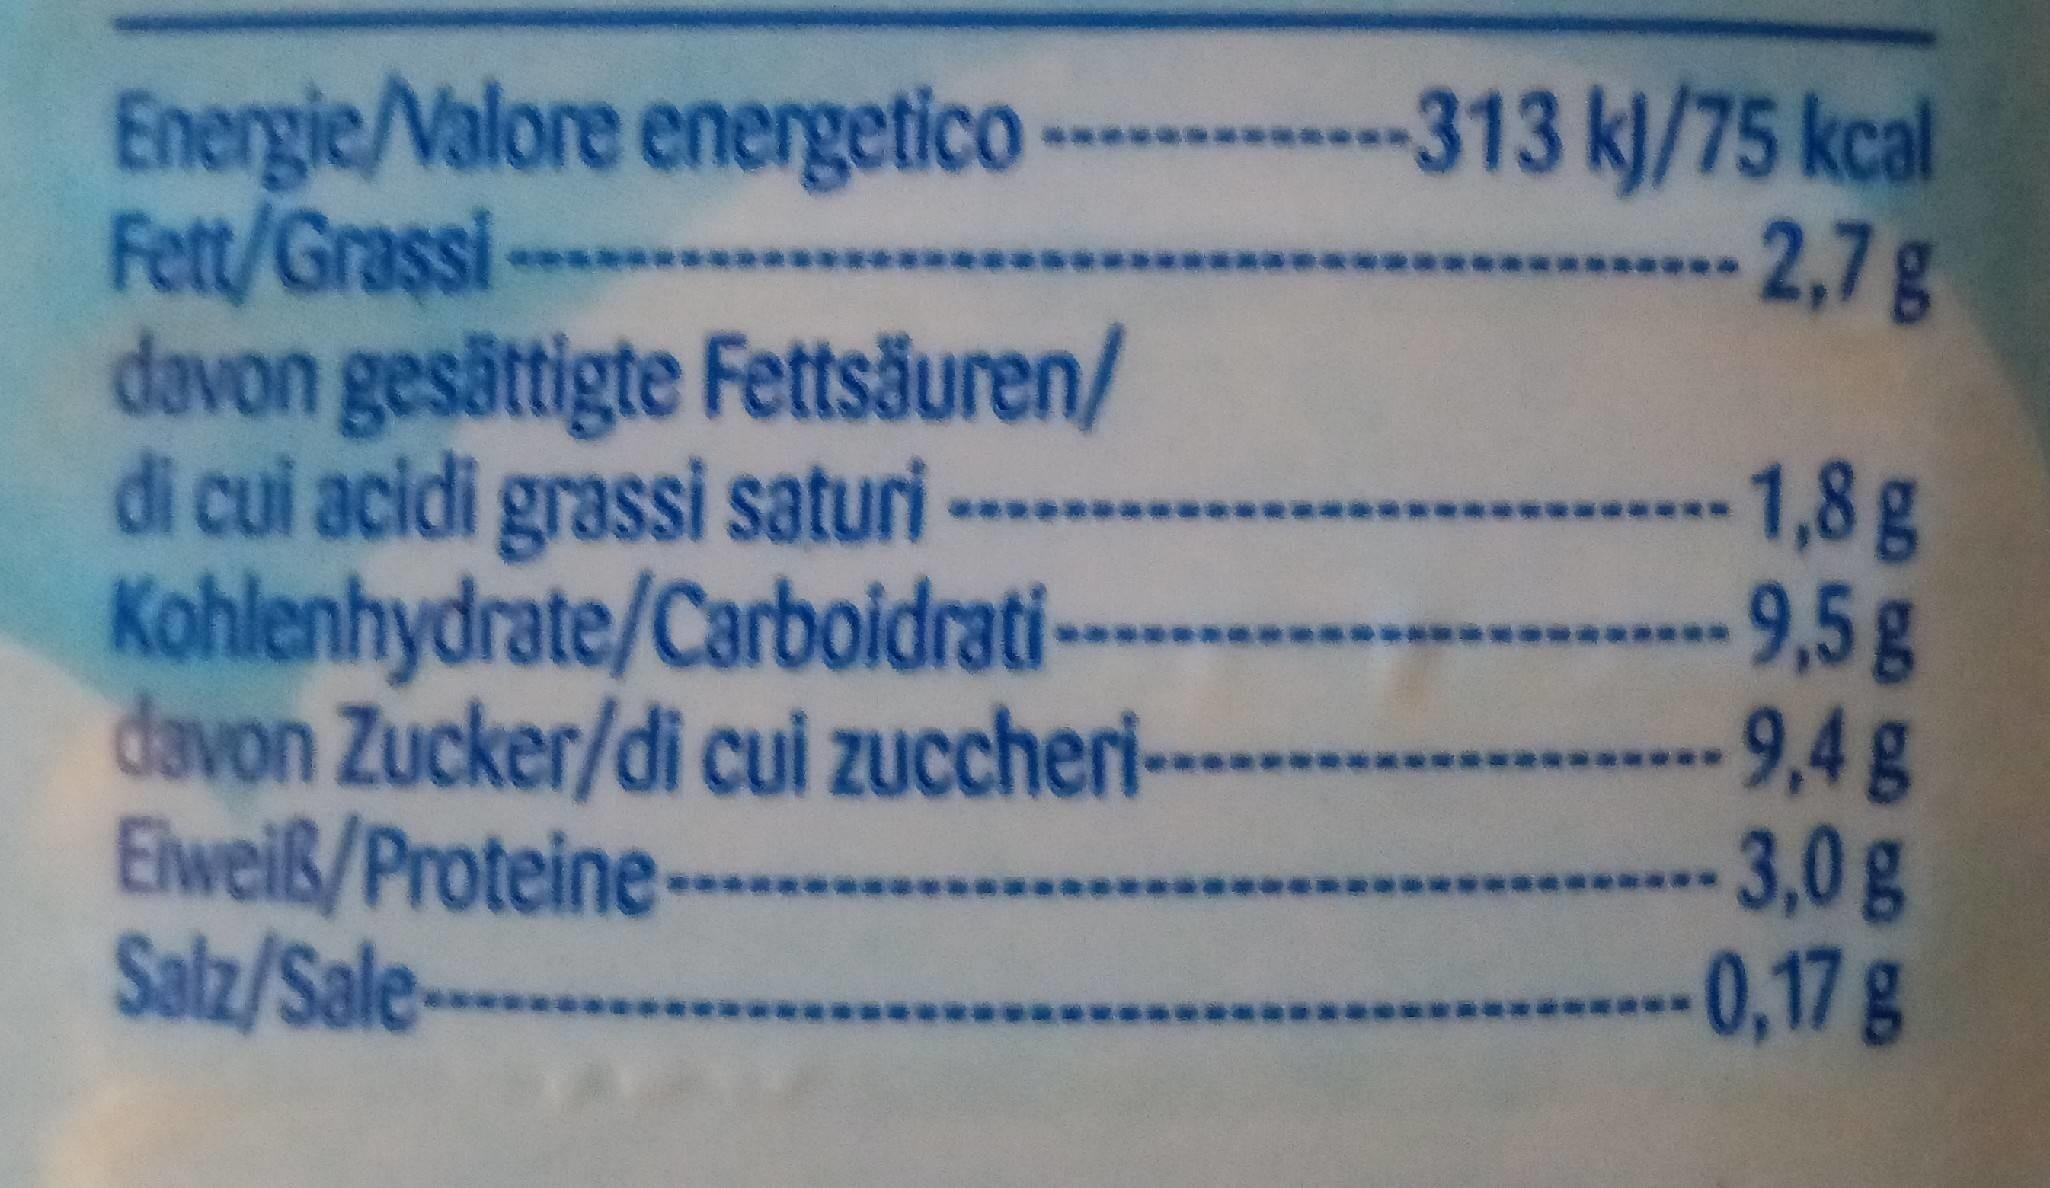
-313 k/75 kcal -2,7g
Energie/Valore energetico - Fett/Grassi davon gesättigte Fettsäuren/ di cui acidi grassi saturi Kohlenhydrate/Carboidrati davon Zucker/di cui zuccheri-- Elweiß/Proteine-- Salz/Sale-
**
--1,8 g -9,5g --9,4 g --3,0g 0,17g
*****